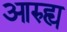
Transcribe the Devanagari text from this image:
आरुह्य